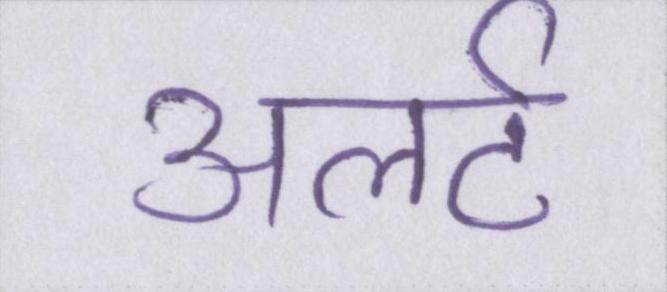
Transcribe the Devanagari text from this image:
अलर्ट